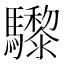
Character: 𩧋